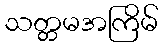
သတ္တမအကြိမ်